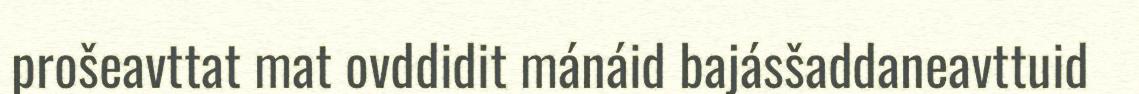
prošeavttat mat ovddidit mánáid bajásšaddaneavttuid